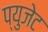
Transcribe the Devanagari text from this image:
प्युजेट